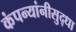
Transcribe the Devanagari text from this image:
कंपन्यांनीसुद्धा